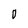
Character: 0